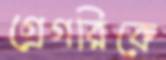
গ্রেগরিকে